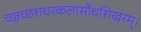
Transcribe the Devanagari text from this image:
चञ्चच्छशधरकलासौधशिखरम्।